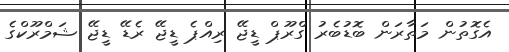
އެގޮތުން މަތާރަން ބޮޑުބެރު ގްރޫޕް ޑީޖޭ ރިއްޕެ ޑީޖޭ ރެޑޭ ޑީޖޭ ޝަމްރޫކްގެ